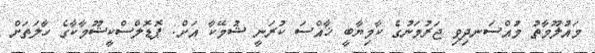
މައުލޫމާތު މުއްސަނދިވި ޖަރުމަނުގެ ކާމިޔާބީ ޚާއްސަ ކުރަނީ ޝުމޭކާ އަށް: ޕޮޑޮލްސްކީޝޫމާކާގެ ހާލަތަށް